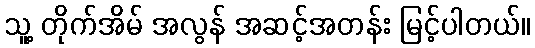
သူ့ တိုက်အိမ် အလွန် အဆင့်အတန်း မြင့်ပါတယ်။